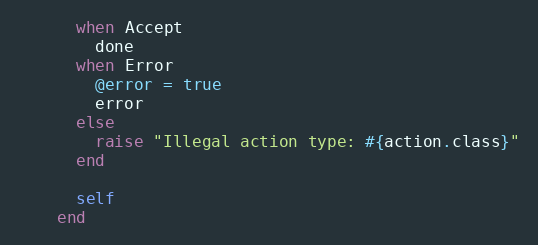
Language: Ruby
      when Accept
        done
      when Error
        @error = true
        error
      else
        raise "Illegal action type: #{action.class}"
      end

      self
    end